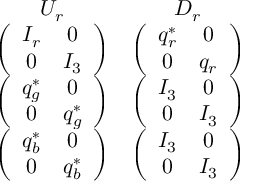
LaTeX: \begin{array} { c c } { { U _ { r } } } & { { D _ { r } } } \\ { { \left( \begin{array} { c c } { { { \cal { I } } _ { r } } } & { { 0 } } \\ { { 0 } } & { { I _ { 3 } } } \end{array} \right) } } & { { \left( \begin{array} { c c } { { q _ { r } ^ { * } } } & { { 0 } } \\ { { 0 } } & { { q _ { r } } } \end{array} \right) } } \\ { { \left( \begin{array} { c c } { { q _ { g } ^ { * } } } & { { 0 } } \\ { { 0 } } & { { q _ { g } ^ { * } } } \end{array} \right) } } & { { \left( \begin{array} { c c } { { I _ { 3 } } } & { { 0 } } \\ { { 0 } } & { { I _ { 3 } } } \end{array} \right) } } \\ { { \left( \begin{array} { c c } { { q _ { b } ^ { * } } } & { { 0 } } \\ { { 0 } } & { { q _ { b } ^ { * } } } \end{array} \right) } } & { { \left( \begin{array} { c c } { { I _ { 3 } } } & { { 0 } } \\ { { 0 } } & { { I _ { 3 } } } \end{array} \right) } } \end{array}